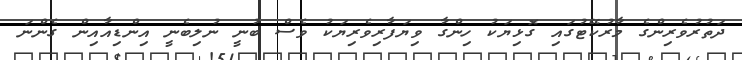
ދަތުރުވެރިންގެ މާރުކޭޓުގައި ގޮޅިޔަކު ހިންގާ ވިޔަފާރިވެރިޔަކު ވެސް ބުނީ ނުލިބެނީ އިންޑިއާއިން ގެންނަ